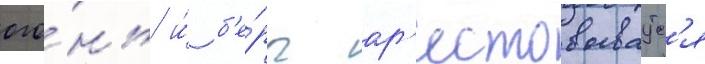
ого́нь и́ б'е́рч ар'естовываутс'я